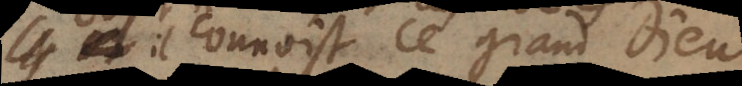
il connoist ce grand Dieu,